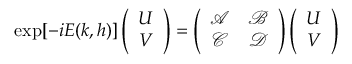
\exp [ - i E ( k , h ) ] \left( \begin{array} { c } { U } \\ { V } \end{array} \right) = \left( \begin{array} { c c } { \mathcal { A } } & { \mathcal { B } } \\ { \mathcal { C } } & { \mathcal { D } } \end{array} \right) \left( \begin{array} { c } { U } \\ { V } \end{array} \right)